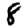
Digit: 8